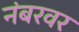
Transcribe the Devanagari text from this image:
नंबरवर